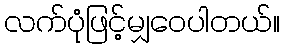
လက်ပုံဖြင့်မျှဝေပါတယ်။